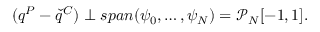
( q ^ { P } - \check { q } ^ { C } ) \perp s p a n ( \psi _ { 0 } , \ldots , \psi _ { N } ) = \mathcal { P } _ { N } [ - 1 , 1 ] .